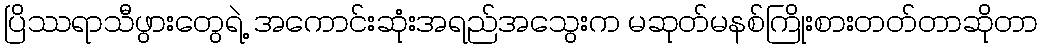
ပြိဿရာသီဖွားတွေရဲ့ အကောင်းဆုံးအရည်အသွေးက မဆုတ်မနစ်ကြိုးစားတတ်တာဆိုတာ